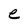
Character: e